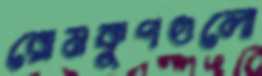
রোমকূপগুলো